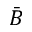
\bar { B }